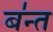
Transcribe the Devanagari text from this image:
ब॑न्त